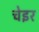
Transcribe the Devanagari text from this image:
चेइर